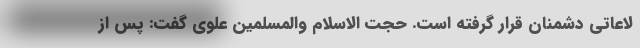
لاعاتی دشمنان قرار گرفته است. حجت الاسلام والمسلمین علوی گفت: پس از